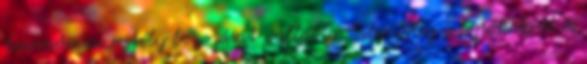
taxonómiai rejtély bogozását vállalta. Siler főleg a főpókokról és